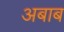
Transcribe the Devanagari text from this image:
अबाब